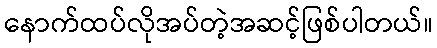
နောက်ထပ်လိုအပ်တဲ့အဆင့်ဖြစ်ပါတယ်။